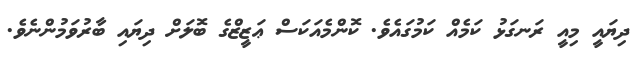
ދިޔައީ މިއީ ރަނގަޅު ކަމެއް ކަމުގައެވެ. ކޮންމެއަކަސް ޢަޒީޒްގެ ބޮލަށް ދިޔައި ބާރުވަމުންނެވެ.